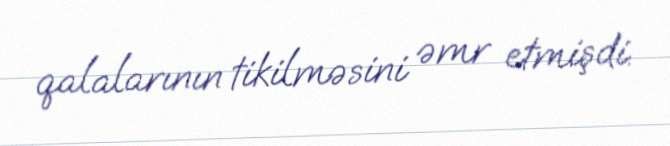
qalalarının tikilməsini əmr etmişdi.